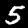
Label: 5